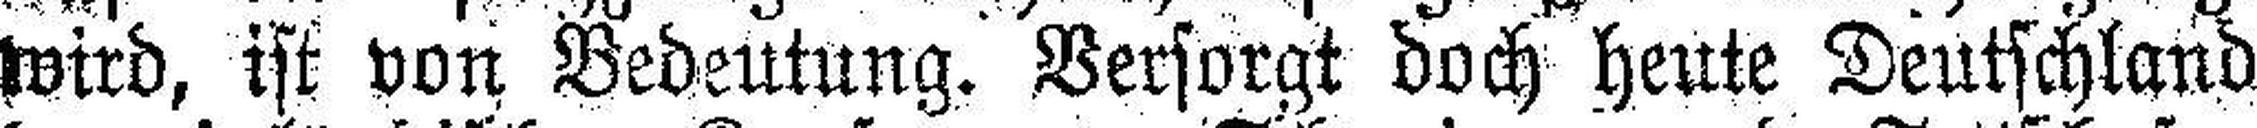
wird, ist von Bedeutung. Versorgt doch heute Deutschland